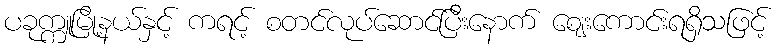
ပခုက္ကူမြို့နယ်နှင့် ကရင့် စတင်လုပ်ဆောင်ပြီးနောက် ဈေးကောင်းရရှိသဖြင့်